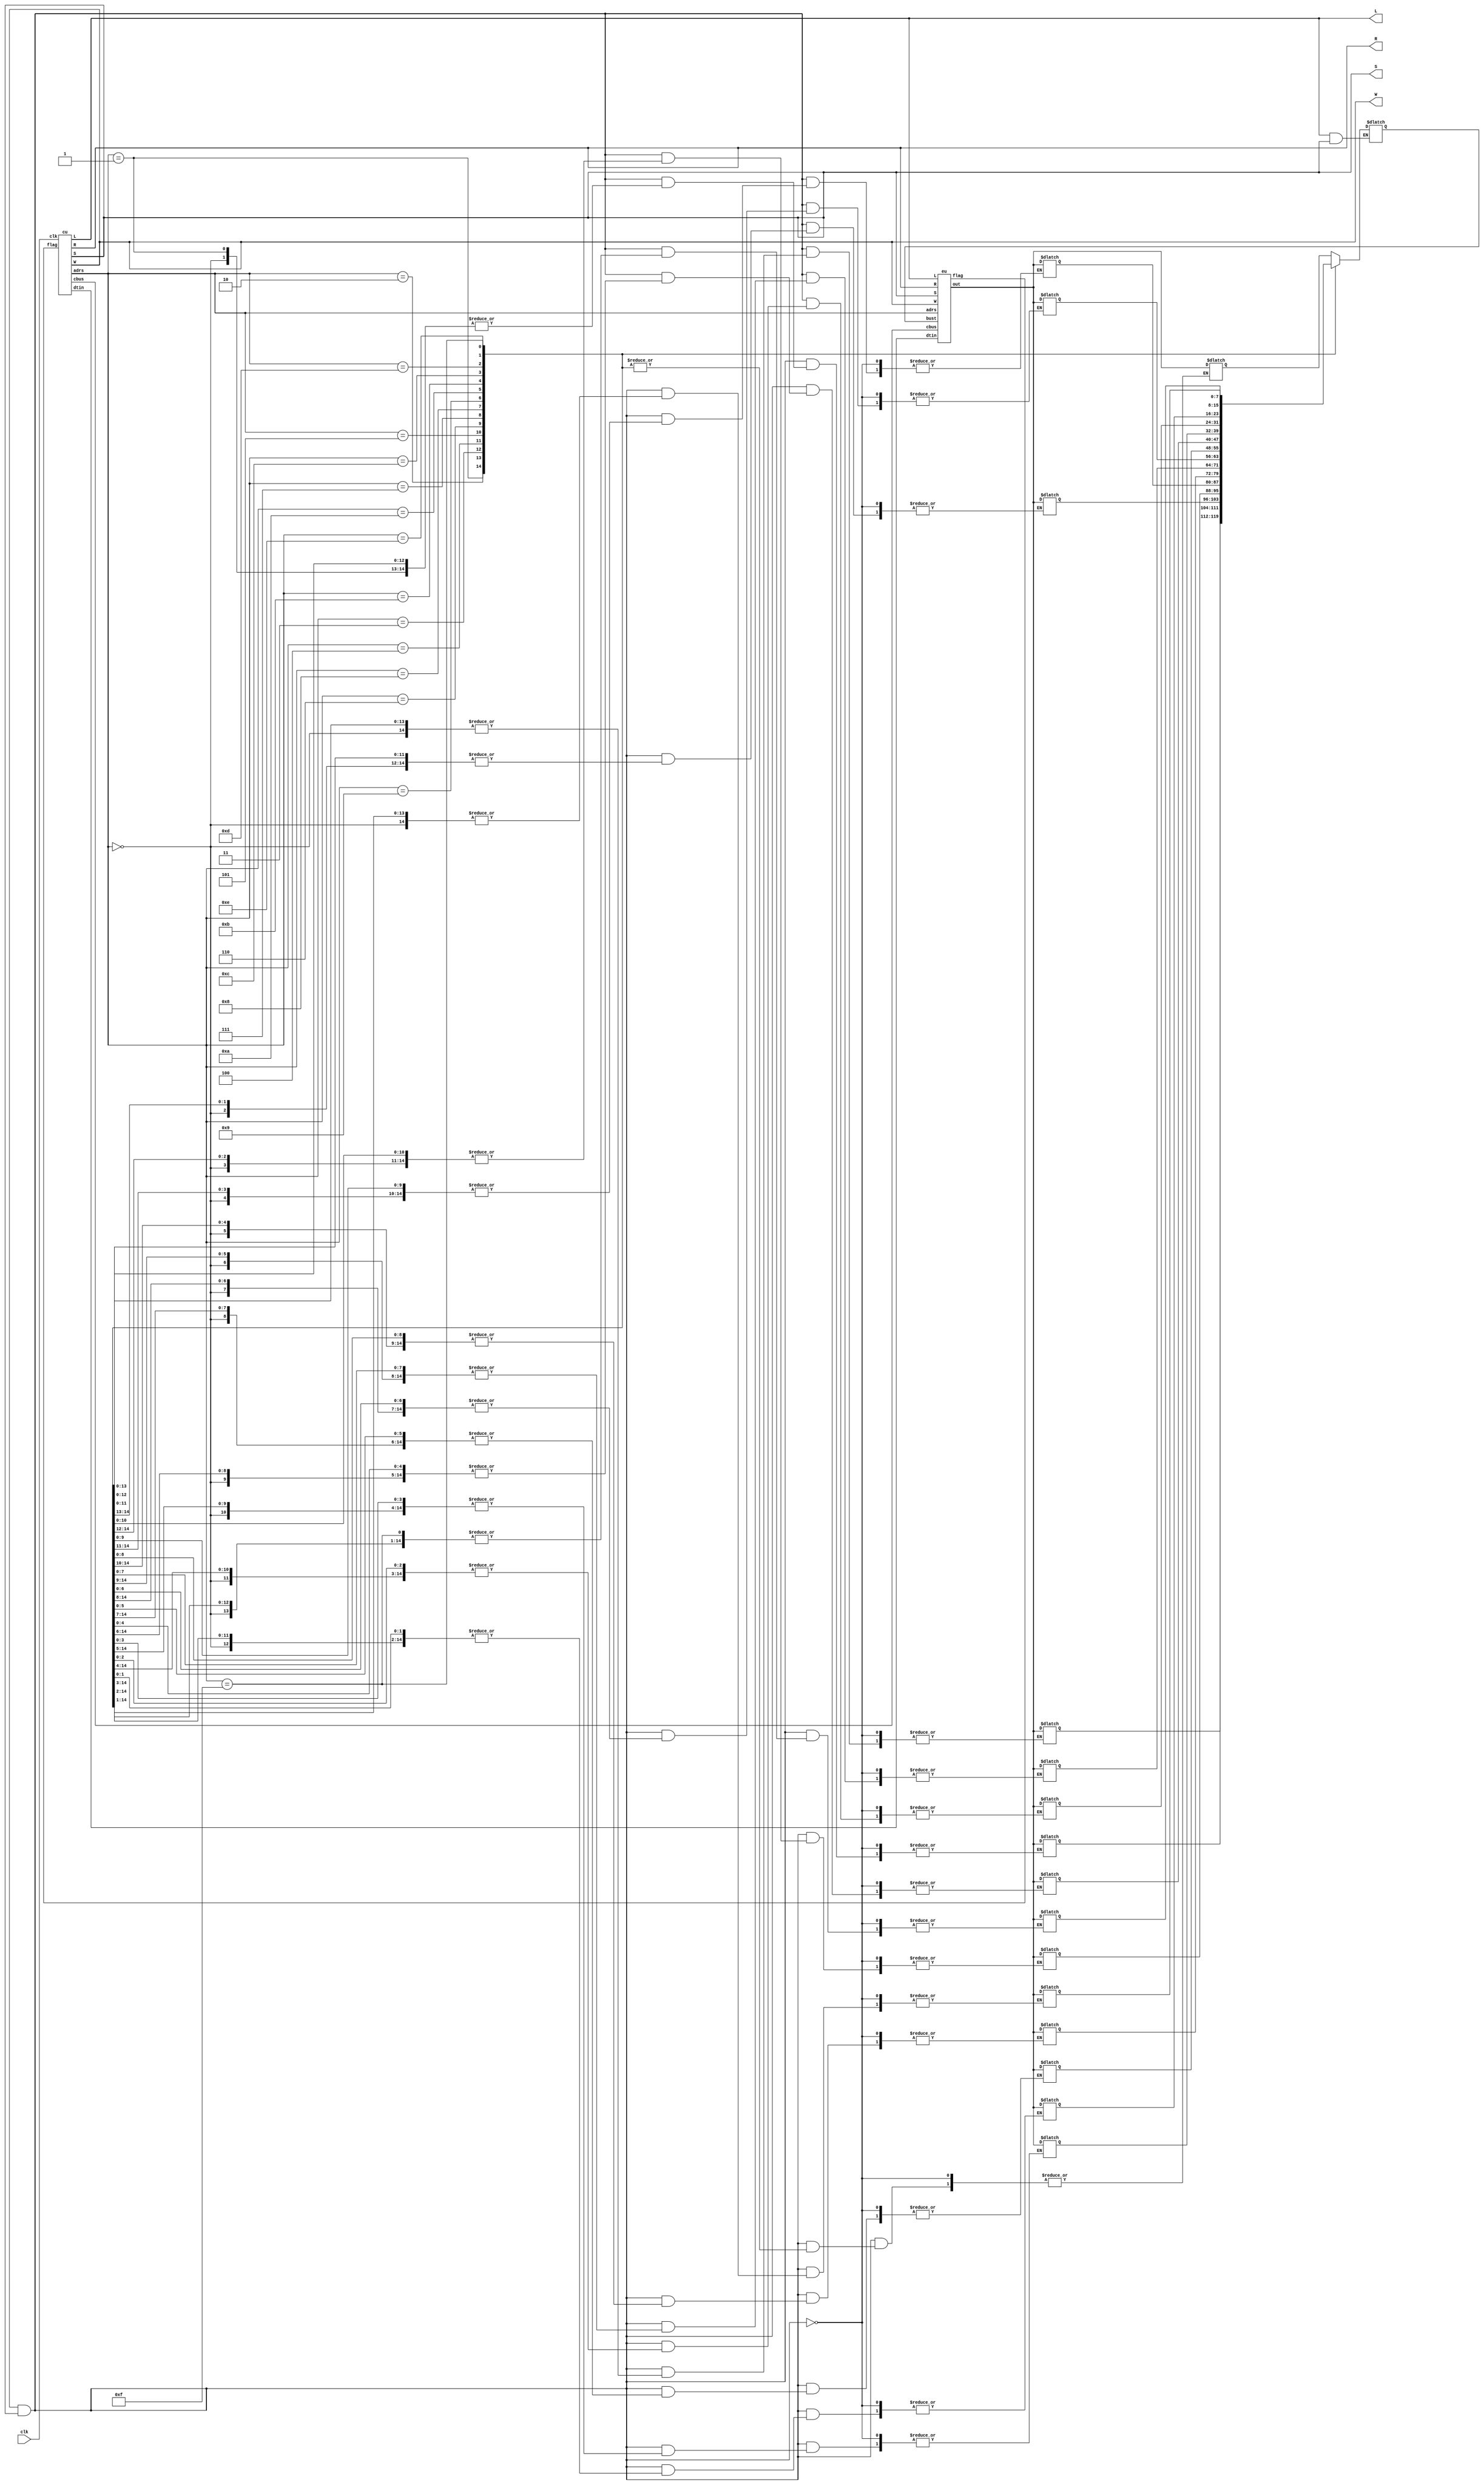
`timescale 1ns / 1ps
////////////////////////////////////////////////////////////////////////////////
// Company: 
// Engineer: 
// 
// Design Name: 
// Module Name:    mini 
// Project Name: 
// Target Devices: 
// Tool versions: 
// Description: 
//
// Dependencies: 
//
// Revision: 
// Revision 0.01 - File Created
// Additional Comments: 
//
/////////////////////////////////////////////////////////////////////////////////
//								Cheatsheet
//OpCode						Process
//0000							ADD R1,R2,R3	(adds R2 to R1 and stores it in R3)
//0001							SUB R1,R2,R3	(subracts R2 from R1 and stores it in R3)
//0010							AND R1,R2,R3	(bitwise and on R1,R2 and stores in R3)
//0011							OR R1,R2,R3		(bitwise or on R1,R2 and stores in R3)
//0100							LS R1,R2,R3		(left shifts R1 by R2 unit and stores in R3)
//0101							RS R1,R2,R3		(right shifts R1 by R2 unit and stores in R3)
//0110							INC R1			(increments by 1 value)
//0111							DEC R1			(decrements by 1 value)
//1000							MOV R5,R3 		(moves data from R5 to R3)
//1001							LD R5,0xf 		(loads R5 with data)
//1010							ST R5,M1 		(stores R5 onto external memory address)
//1011							LDI R5,M3  		(loads onto R5 from memory address)
//1100							STI M3,0xf		(stores the data immediately)
//1101							BNE C1 C2		(branches to C1 if zero flag is present else to C2)
//1110							BREC C1 C2		(branches to C1 if carry flag is present else to C2)
//1111							STOP			(stops the program)
// Flags[overflow/underflow,zero]
/////////////////////////////////////////////////////////////////////////////////


module mini(clk,L,W,R,S);
wire[3:0] adrs;
wire[7:0] dtin,dm0,dm1,dm2;
wire[2:0] cbus;
wire[1:0] flag;
output wire W,R,L,S;
input wire clk;
wire[7:0] out;
reg[7:0] ram[0:15];
reg[7:0] bus;
assign dm0=ram[5];
assign dm1=ram[3];							//Just to check whether store is working
assign dm2=ram[4];
cu ControlUnit(clk,adrs,dtin,W,R,cbus,L,S,flag);
eu ExecutionUnit(adrs,dtin,W,R,cbus,L,out,S,bus,flag);

always@(*) begin
if (L&S) begin
	bus<=ram[adrs];
	end
if(W&S) begin
	ram[adrs]=out;
	end
end
endmodule



module cu(clk,adrs,dtin,W,R,cbus,L,S,flag);
input wire clk;
output wire[3:0] adrs;
output wire[7:0] dtin;
output wire[2:0] cbus;
input wire[1:0] flag;
output wire W,R,L,S;
wire[4:0] pc;
wire [4:0] countadd;
wire [15:0] instruc;
wire count;

counter ProgramCounter(clk,count,pc,countadd);
instrucrdec InstructionDecoder(instruc,clk,adrs,dtin,W,R,cbus,L,S,count,flag,countadd);
progmemory ProgramMemory(clk,pc,instruc);

endmodule

module counter(clk,count,pc,countadd);
input wire clk,count;
output reg[4:0] pc;
input wire [4:0] countadd;
initial begin 
pc=0;
end
always@(posedge(count))begin
	if(countadd==5'b11111) begin
		pc=pc+1;
		end
	else begin
		pc=countadd;
		end
	end
endmodule

module progmemory(clk,pc,instruc);
reg[15:0] pmem[0:31];
output reg[15:0] instruc;
input wire [4:0] pc;
input wire clk;
initial begin
	pmem[0]= 16'b1001_0110_00001000;   //LD R6,8b'00000100;  Factorial of 8
    pmem[1]= 16'b1001_0111_00000010;   //LD R7,8b'00000010;
    pmem[2]= 16'b1001_1000_00000000;   //LD R8,8b'00000000;
    pmem[3]= 16'b1000_0110_0100_xxxx;  //MOV R6, R4;
    pmem[4]= 16'b0001_0100_0111_0100;  //SUB R4, R7,R4;
    pmem[5]= 16'b1000_0110_0011_xxxx;  //MOV R6,R3
    pmem[6]= 16'b1000_1000_1001_xxxx;  //MOV R8,R9
    pmem[7]= 16'b1000_0100_0101_xxxx;  //MOV R4, R5; 
	pmem[8]= 16'b0000_1000_1001_1000; //ADD R8, R9, R8;       
    pmem[9]= 16'b0000_0110_0011_0110;  //ADD R6, R3, R6;
    pmem[10]= 16'b1110_01011_01100_xx;  //BREC 11,12 ;
    pmem[11]= 16'b0110_1000_xxxxxxxx; //INC R8;
    pmem[12]= 16'b0111_0101_xxxxxxxx; //DEC R5;
    pmem[13]= 16'b1101_01110_01000_xx; //BNE 14,8;                   
    pmem[14]= 16'b0111_0100_xxxxxxxx; //DEC R4;
    pmem[15]= 16'b1101_10000_00101_xx; //BNE 16,5;
    pmem[16]= 16'b1010_0110_0100_xxxx; //ST R6,M3;  
    pmem[17]= 16'b1010_1000_0011_xxxx; //ST R8,M4;  
	pmem[18]= 16'b1100_0101_00000000;  //STI M5,0x00000000                           
    pmem[19]= 16'b1111_xxxxxxxxxxxx;   //STOP 
	
	// pmem[0]= 16'b1001_0110_00000100;  //LD R6,8b'00000100;  Factorial of 5
	// pmem[1]= 16'b1001_0111_00000010;  //LD R7,8b'00000010;
    // pmem[2]= 16'b1000_0110_0100_xxxx;  //MOV R6, R4;
    // pmem[3]= 16'b0001_0100_0111_0100;  //SUB R4, R7,R4;
    // pmem[4]= 16'b1000_0110_0011_xxxx;  //MOV R6,R3
    // pmem[5]= 16'b1000_0100_0101_0001;  //MOV R4, R5;        
    // pmem[6]= 16'b0000_0110_0011_0110;//ADD R6, R3, R6; 
    // pmem[7]= 16'b0111_0101_xxxxxxxx;//DEC R5;
    // pmem[8]= 16'b1101_01001_00110_xx;//BNE 9,6;                   
    // pmem[9]= 16'b0111_0100_xxxxxxxx;//DEC R4
    // pmem[10]= 16'b1101_01011_00100_xx;//BNE 11,4;
    // pmem[11]= 16'b1010_0110_0011_xxxx;//ST R6,M3;     
    // pmem[12]= 16'b1111_xxxxxxxxxxxx;//STOP   
end
always@(*)begin
 instruc=pmem[pc];
end 
endmodule

module instrucrdec(instruc,clk,adrs,dtin,W,R,cbus,L,S,count,flag,countadd);
input wire clk;
input wire[1:0] flag;
output reg[3:0] adrs;
output reg count;
output reg[2:0] cbus;
output reg W,R,L,S;
output reg[4:0] countadd;
reg wr,re,ld;
reg[3:0] addr;
output reg [7:0] dtin;
reg [7:0] d_in;
input wire[15:0] instruc;
reg[3:0] start,a,b,c,d,e,f,g,st;
initial begin		//Assigning all possible states in 3 bit
count=0;
start=3'b000;
a=3'b001;
b=3'b010;
c=3'b011;
d=3'b100;
e=3'b101;
f=3'b110;
g=3'b111;
st=start;
countadd=5'b11111;
end
always@(posedge clk)begin
	
	if(st==f)
	st=g;
	if(st==e)
	st=f;
	if(st==d)
	st=e;
	if(st==c)
	st=d;
	if(st==b)
	st=c;
	if(st==a)
	st=b;
	if(st==start)	begin
	st=a;
	count=0;
	countadd=5'b11111;
	end

	if(instruc[15]==1'b0) begin			//ALU Operations
	if(st==a) begin
	W=0;
	R=1;
	adrs = instruc[11:8];
	end
	if(st==b) begin
	W=1;
	R=0;
	adrs = 4'b0000;
	end
	if(st==c) begin
	W=0;
	R=1;
	adrs = instruc[7:4];
	end
	if(st==d) begin
	W=1;
	R=0;
	adrs = 4'b001;
	end
	if(st==e) begin
	W=0;
	cbus = instruc[14:12];
	end
	if(st==f) begin
	R=1;
	adrs= 4'b0010;
	end	
	if(st==g) begin
	R=0;
	W=1;
	if(instruc[14]==1'b0|instruc[14:13]==2'b10)begin
	adrs= instruc[3:0];
	end
	else if(instruc[14:13]==2'b11)begin
	adrs= instruc[11:8];
	end
	count=1;
	st=start;
	end
	end
	
	
	case(instruc[15:12])
	4'b1000:								//Move
	begin
	if(st==a) begin
	adrs=instruc[11:8];
	R=1;
	W=0;
	end
	if(st==b) begin
	adrs=instruc[7:4];
	R=0;
	W=1;
	end
	if(st==c) begin
	st=start;
	count=1;
	W=0;
	end
	end

	4'b1001:						//Load
	begin
	if(st==a) begin
	adrs=instruc[11:8];
	dtin=instruc[7:0];
	R=0;
	W=0;
	L=1;
	S=0;
	end
	if(st==b) begin
	W=1;
	L=0;
	end
	if(st==c) begin
	W=0;
	count=1;
	st=start;
	end
	end

	4'b1010:						//Store
	begin
	if(st==a) begin
	adrs=instruc[11:8];
	R=1;
	W=0;
	L=0;
	S=1;
	end
	if(st==b) begin
	adrs=instruc[7:4];
	R=0;
	W=1;
	S=1;
	end
	if(st==c) begin
	st=start;
	S=0;
	count=1;
	W=0;
	end 
	end

	4'b1011:						//Load from external memory
	begin
	if(st==a) begin
	adrs=instruc[7:4];
	R=0;
	W=0;
	L=1;
	S=1;
	end
	if(st==b) begin
	adrs=instruc[11:8];
	L=0;
	W=1;
	S=0;
	end
	if(st==c) begin
	W=0;
	count=1;
	st=start;
	end
	end

	4'b1111: begin				//Stop
	st=g;
	end

	4'b1101:begin
	if(st==a)begin
	if(flag[0]==1'b1) begin
	countadd=instruc[11:7];
	end
	else begin
	countadd=instruc[6:2];
	end
	end
	if(st==b) begin
	count=1;
	st=start;
	end
	end

	4'b1110:begin
	if(st==a)begin
	if(flag[1]==1'b1) begin
	countadd=instruc[11:7];
	end
	else begin
	countadd=instruc[6:2];
	end
	end
	if(st==b) begin
	count=1;
	st=start;
	end
	end

	4'b1100:						//Store immedieately
	begin
	if(st==a) begin
	dtin=instruc[7:0];
	adrs=4'b0000;
	R=0;
	W=0;
	L=1;
	S=0;
	end
	if(st==b) begin
	L=0;
	W=1;
	end
	if(st==c) begin
	R=1;
	S=1;
	W=0;
	end
	if(st==d) begin
	adrs=instruc[11:8];
	R=0;
	W=1;
	S=1;
	L=0;
	end
	if(st==e) begin
	st=start;
	S=0;
	count=1;
	W=0;
	end 
	end

	

	endcase
	end

endmodule

module eu(adrs,dtin,W,R,cbus,L,out,S,bust,flag);
input wire[3:0] adrs;
input wire[7:0] dtin,bust;
input wire[2:0] cbus;
input W,R, L, S;
output reg[7:0] out ;
output reg[1:0] flag;
wire [7:0] a1, a2,a3,test1,test2,test3,test4,test5,test6,test7;
reg[7:0] mem [0:15];
reg[7:0] bus;
reg [3:0] addbus;
wire [1:0] f;

	always @(*) begin
		if(1) begin
			addbus <= adrs;
		end
		if(L&!S) begin
			bus <= dtin;
		end
		if(W &!S) begin
			mem[addbus] = bus;
		end
		if (R &!S) begin
			bus = mem[addbus];
		end
		if (R & S) begin
			out= mem[addbus];
		end
		if(L&S) begin
			bus<=bust;
		end
		
	end
assign a1 = mem[0];					//Hard coding the registers to perform the operation 
assign a2 = mem[1];

alu ArithmeticLogicUnit(a1, a2, a3, cbus,f);

always @(*) begin
	mem[2] <= a3;
	flag<=f;
end
assign test1=mem[3];	
assign test2=mem[4];
assign test3=mem[5];
assign test4=mem[6];
assign test5=mem[7];
assign test6=mem[8];
assign test7=mem[9];
assign test8=mem[10];
endmodule


module alu(a1,a2,a3,cbus,flag);
input [2:0] cbus;
input [7:0] a1,a2;
output [7:0] a3;
output [1:0] flag;
reg [8:0] res;
wire [7:0] temp;
reg [1:0] f;
assign temp =8'b00000001;
always @(*)begin
case(cbus)
	3'b000 :begin
	 res=a1+a2;
	 f[1]=res[8];
	 if(res==0) begin
		f[0]=1'b1;
		end
	else begin
		f[0]=1'b0;
		end
	end
	3'b001 :begin
	 res=a1-a2;
	 f[1]=res[8];
	 if(res==0) begin
		f[0]=1'b1;
		end
	else begin
		f[0]=1'b0;
		end
	end
	3'b010 :begin
	 res=a1&a2;
	 f[1]=res[8];
	 if(res==0) begin
		f[0]=1'b1;
		end
	else begin
		f[0]=1'b0;
		end
	end
	3'b011 :begin
	 res=a1|a2;
	 f[1]=res[8];
	 if(res==0) begin
		f[0]=1'b1;
		end
	else begin
		f[0]=1'b0;
		end
	end
	3'b100 :begin
	 res=a1<<a2;
	 f[1]=res[8];
	 if(res==0) begin
		f[0]=1'b1;
		end
	else begin
		f[0]=1'b0;
		end
	end
	3'b101 : begin
	 res=a1>>a2;
	 f[1]=res[8];
	 if(res==0) begin
		f[0]=1'b1;
		end
	else begin
		f[0]=1'b0;
		end
	end
	3'b110 :begin
	 res=a1+temp;
	 f[1]=res[8];
	 if(res==0) begin
		f[0]=1'b1;
		end
	else begin
		f[0]=1'b0;
		end
	end
	3'b111 :begin
	 res=a1-temp;
	 f[1]=res[8];
	 if(res==0) begin
		f[0]=1'b1;
		end
	else begin
		f[0]=1'b0;
		end
	end 
	default res=a3 ;
	endcase	
end
assign a3=res[7:0];
assign flag=f;
endmodule